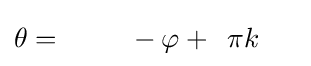
\theta ={\phantom {-1\quad }}-\varphi +{\phantom {2}}\pi k{\phantom {+\pi }}